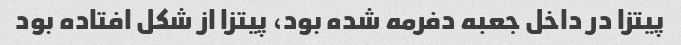
پیتزا در داخل جعبه دفرمه شده بود، پیتزا از شکل افتاده بود